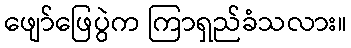
ဖျော်ဖြေပွဲက ကြာရှည်ခံသလား။